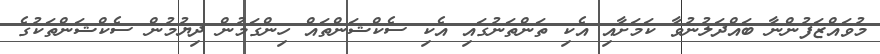
މުވައްޒަފުންނާ ބައްދަލުނުވާ ކަމަށާއި އެކި ތަންތަނުގައި އެކި ސެކްޝަންތައް ހިންގަމުން ދިޔުމުން ސެކްޝަންތަކުގެ